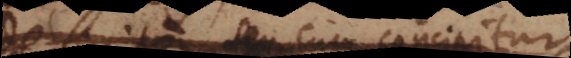
indefinite seu cum concipitur